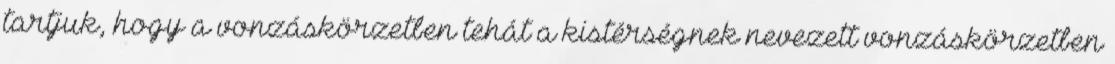
tartjuk, hogy a vonzáskörzetben tehát a kistérségnek nevezett vonzáskörzetben